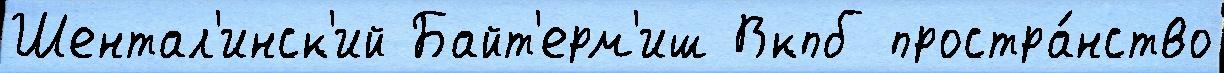
Шентал'инск'ий Байт'ерм'иш Вкпб простра́нство